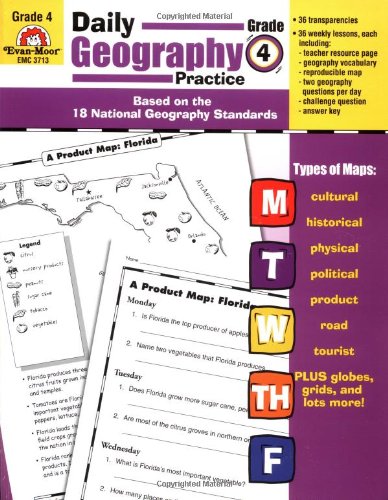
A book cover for Daily Geography Practice, Grade 4; Evan Moor; Science & Math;